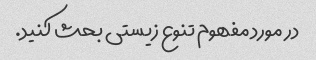
در مورد مفهوم تنوع زیستی بحث کنید.